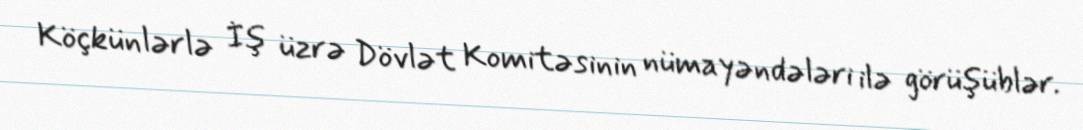
Köçkünlərlə İş üzrə Dövlət Komitəsinin nümayəndələri ilə görüşüblər.